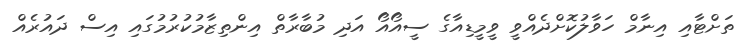
ތަށްޓާއި އިނާމް ހަވާލުކޮށްދެއްވީ ވީމީޑިއާގެ ސީއޯއޯ އަދި މުބާރާތް އިންތިޒާމުކުރުމުގައި އިސް ދައުރެއް